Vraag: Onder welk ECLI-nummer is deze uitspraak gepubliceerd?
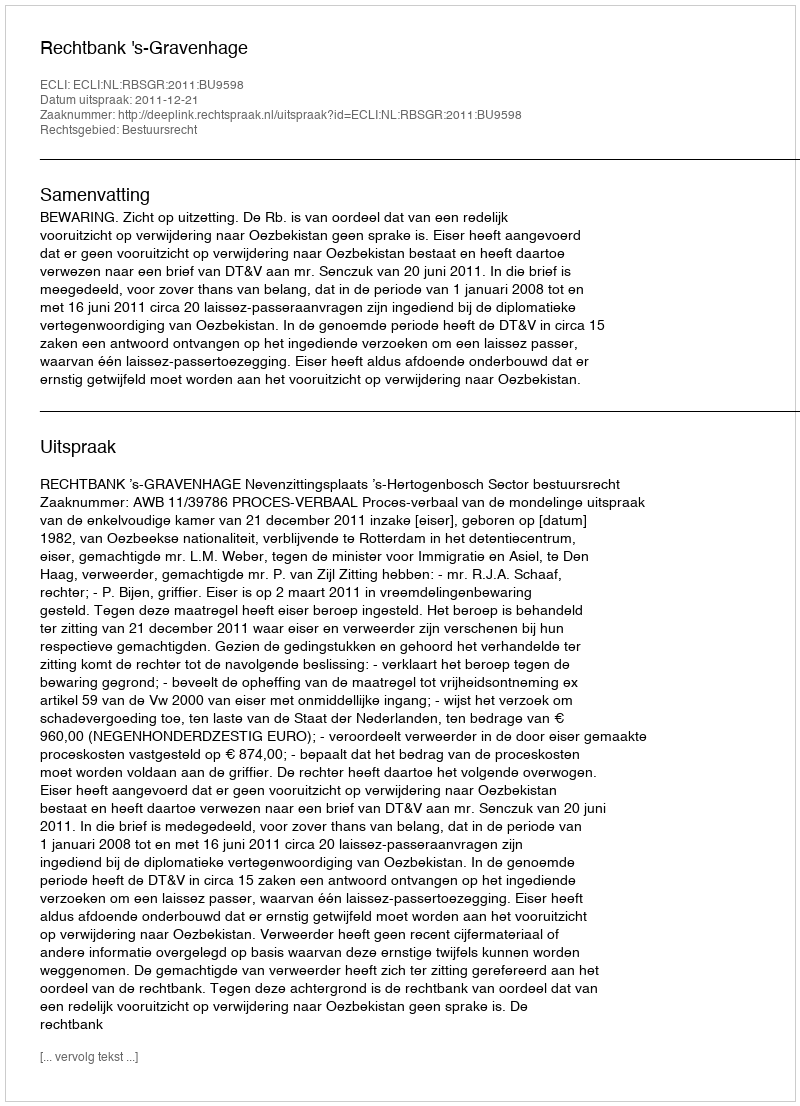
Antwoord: ECLI:NL:RBSGR:2011:BU9598